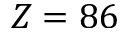
Z = 8 6